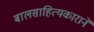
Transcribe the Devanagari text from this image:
बालसाहित्यकाराने